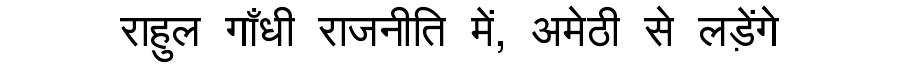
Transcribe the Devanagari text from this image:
राहुल गाँधी राजनीति में, अमेठी से लड़ेंगे